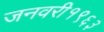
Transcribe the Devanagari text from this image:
जनवरी१९६३